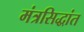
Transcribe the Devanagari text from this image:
मंत्रसिद्धांत